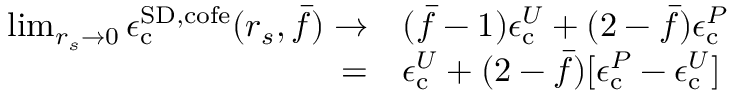
\begin{array} { r l } { \operatorname* { l i m } _ { r _ { s } \to 0 } \epsilon _ { \mathrm { c } } ^ { { \mathrm { S D } } , \mathrm { c o f e } } ( r _ { s } , \bar { f } ) \to } & { ( \bar { f } - 1 ) \epsilon _ { \mathrm { c } } ^ { U } + ( 2 - \bar { f } ) \epsilon _ { \mathrm { c } } ^ { P } } \\ { = } & { \epsilon _ { \mathrm { c } } ^ { U } + ( 2 - \bar { f } ) [ \epsilon _ { \mathrm { c } } ^ { P } - \epsilon _ { \mathrm { c } } ^ { U } ] } \end{array}